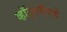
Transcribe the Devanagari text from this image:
व्हॉट्सऍपचे